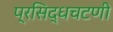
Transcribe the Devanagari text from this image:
प्रसिद्धचटणी